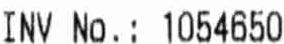
INV NO.: 1054650